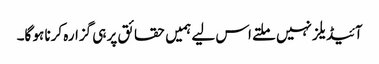
آئیڈیلز نہیں ملتے اس لیے ہمیں حقائق پر ہی گزارہ کرنا ہو گا۔